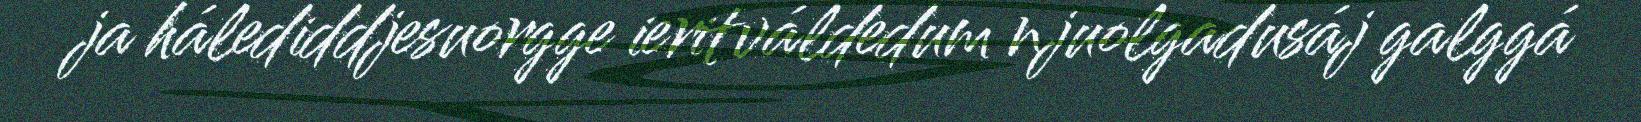
ja hálediddjesuorgge ieritváldedum njuolgadusáj galggá